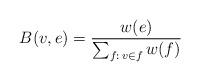
LaTeX: \begin{align*}B(v,e)=\frac{w(e)}{\sum_{f:\,v\in f}w(f)}\end{align*}